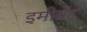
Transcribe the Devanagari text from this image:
इमीग्रेंट